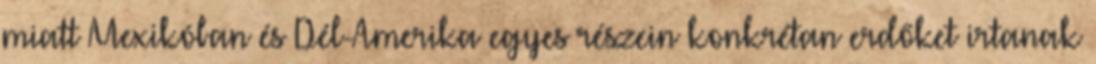
miatt Mexikóban és Dél-Amerika egyes részein konkrétan erdőket irtanak